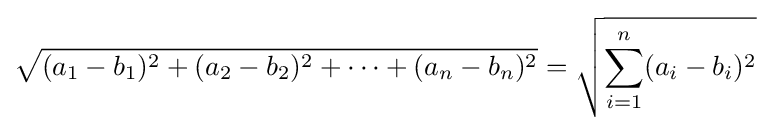
{\sqrt {(a_{1}-b_{1})^{2}+(a_{2}-b_{2})^{2}+\cdots +(a_{n}-b_{n})^{2}}}={\sqrt {\sum _{i=1}^{n}(a_{i}-b_{i})^{2}}}